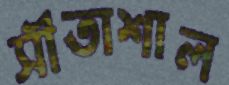
সীতাশাল